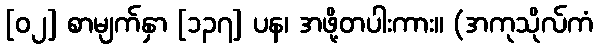
[၀၂] စာမျက်နှာ [၁၃၇] ပန၊ အဖို့တပါးကား။ (အကုသိုလ်ကံ